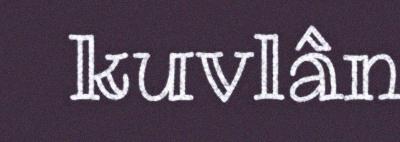
kuvlân